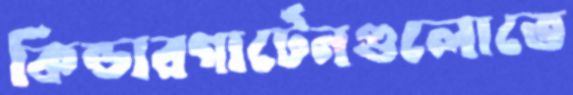
কিন্ডারগার্টেনগুলোতে